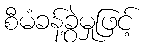
စီမံခန့်ခွဲမှုဖြင့်